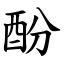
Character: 酚